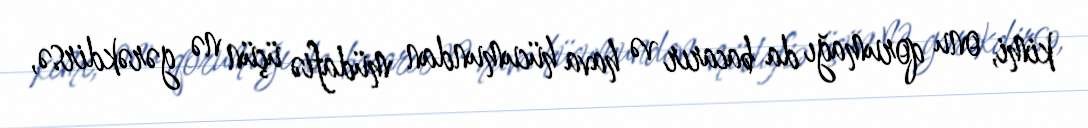
kimi, onu qorumağı da bacarır və hava hücumundan müdafiə üçün nə gərəkdirsə,